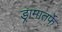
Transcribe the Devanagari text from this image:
ड्रामातर्फे